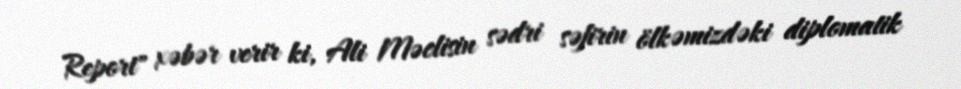
Report" xəbər verir ki, Ali Məclisin sədri səfirin ölkəmizdəki diplomatik